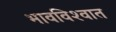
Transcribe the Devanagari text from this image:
भावविश्‍वात